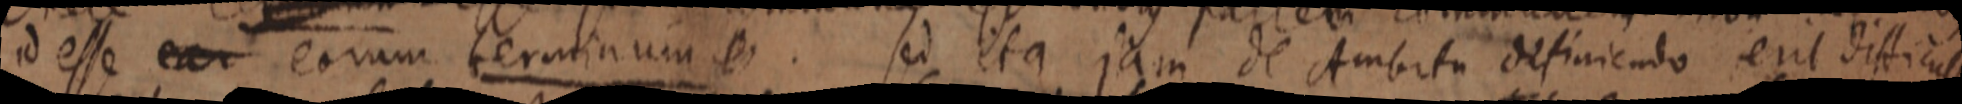
id esse ear eorum terminum e. sed ita jam de Ambitu definiendo erit difficul